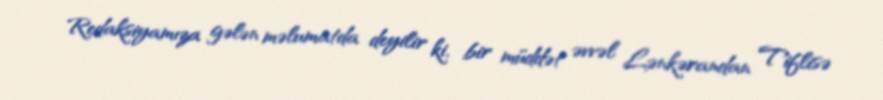
Redaksiyamıza gələn məlumatda deyilir ki, bir müddət əvvəl Lənkərandan Tiflisə